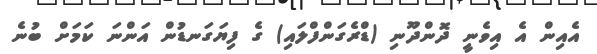
އެއިން އެ އިވެނީ ދޮންދޫނި (ޑްރެގަންފްލައި) ގެ ފިޔަގަނޑުން އަންނަ ކަމަށް ބުނެ